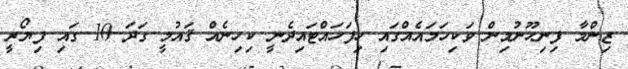
ޒިންމާ ފިނިހޫނުމިން ވަކިހަމައެއްގައި ހިފަހައްޓައިދެނީ ކިހިނެއް ޤައުމީ ގަދަ 10 ގައި ފިޔޯރީ